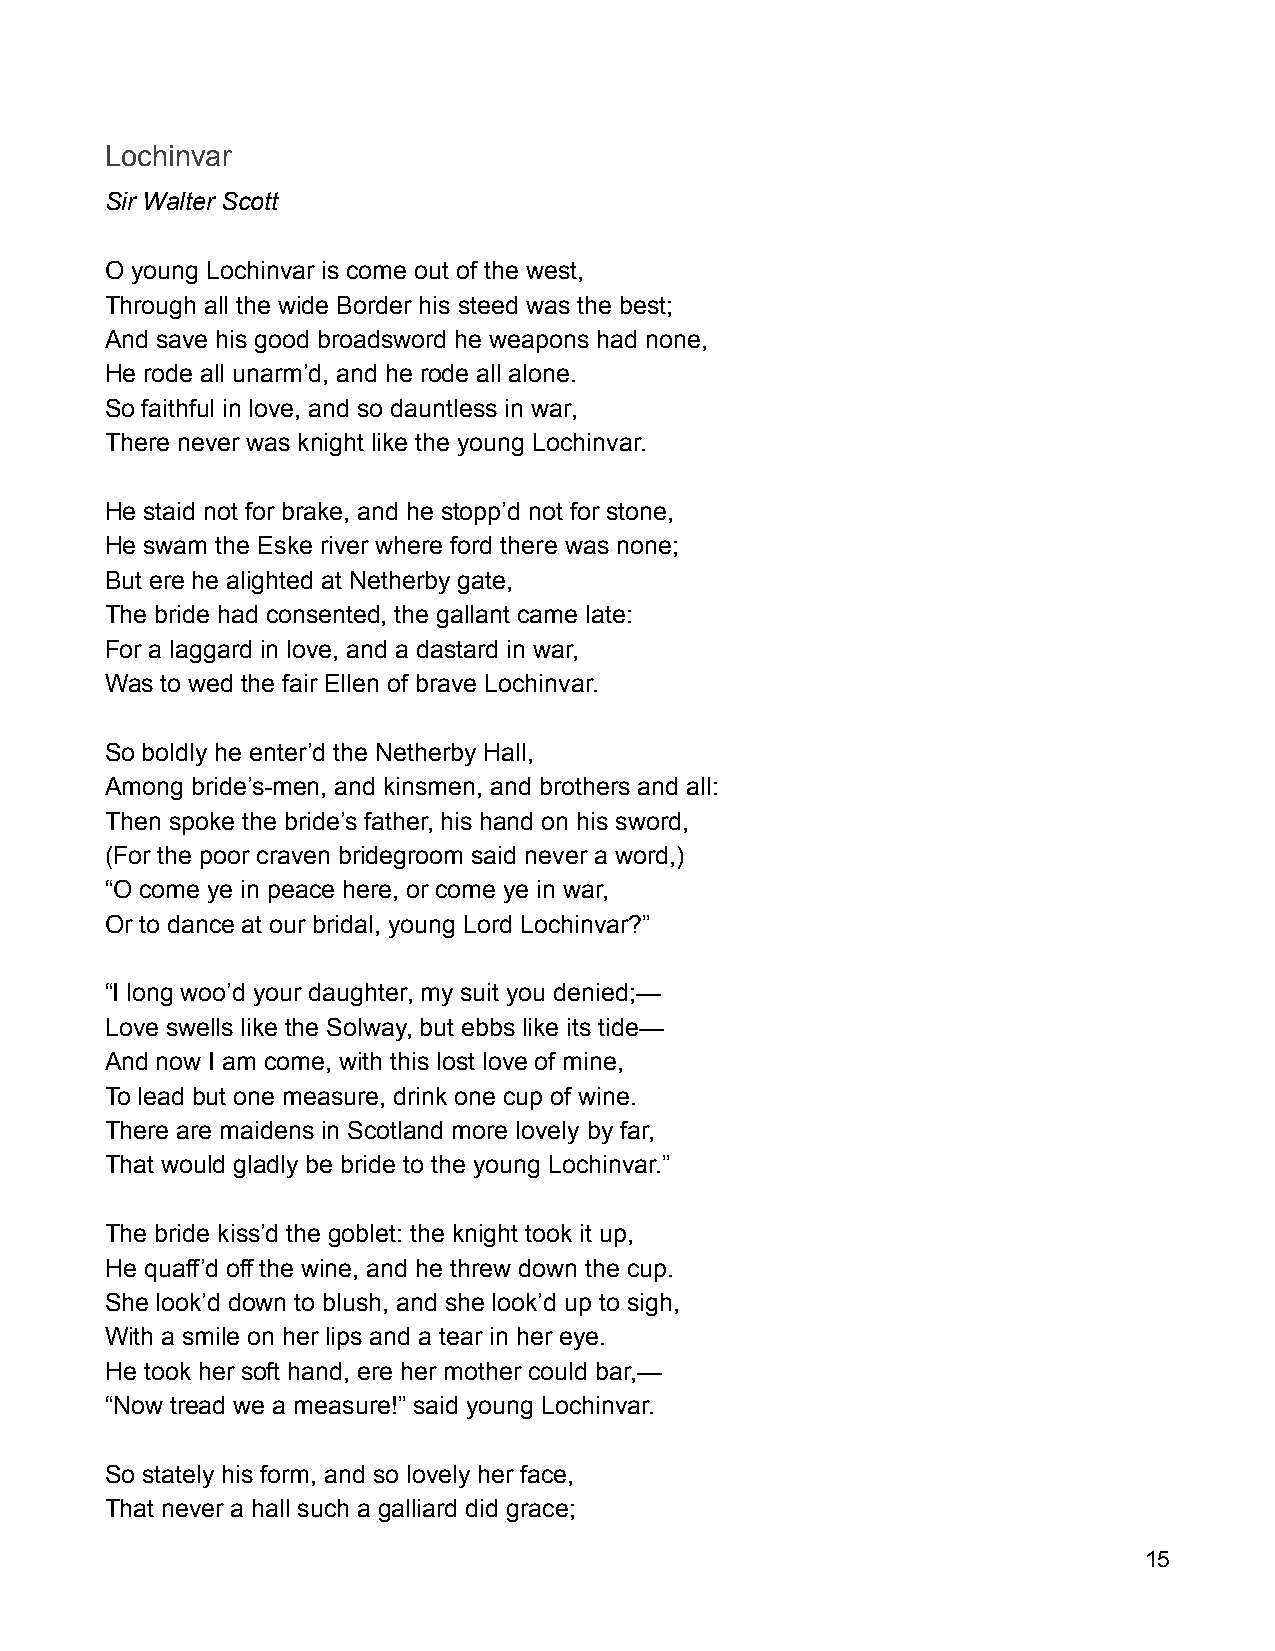
Lochinvar
 Sir Walter Scott
 O young Lochinvar is come out of the west,
 Through all the wide Border his steed was the best;
 And save his good broadsword he weapons had none,
 He rode all unarm’d, and he rode all alone.
 So faithful in love, and so dauntless in war,
 There never was knight like the young Lochinvar.
 He staid not for brake, and he stopp’d not for stone,
 He swam the Eske river where ford there was none;
 But ere he alighted at Netherby gate,
 The bride had consented, the gallant came late:
 For a laggard in love, and a dastard in war,
 Was to wed the fair Ellen of brave Lochinvar.
 So boldly he enter’d the Netherby Hall,
 Among bride’s-men, and kinsmen, and brothers and all:
 Then spoke the bride’s father, his hand on his sword,
 (For the poor craven bridegroom said never a word,)
 “O come ye in peace here, or come ye in war,
 Or to dance at our bridal, young Lord Lochinvar?”
 “I long woo’d your daughter, my suit you denied;—
 Love swells like the Solway, but ebbs like its tide—
 And now I am come, with this lost love of mine,
 To lead but one measure, drink one cup of wine.
 There are maidens in Scotland more lovely by far,
 That would gladly be bride to the young Lochinvar.”
 The bride kiss’d the goblet: the knight took it up,
 He quaff’d off the wine, and he threw down the cup.
 She look’d down to blush, and she look’d up to sigh,
 With a smile on her lips and a tear in her eye.
 He took her soft hand, ere her mother could bar,—
 “Now tread we a measure!” said young Lochinvar.
 So stately his form, and so lovely her face,
 That never a hall such a galliard did grace;
 15